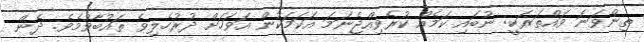
ތިންވަނަ ވައްތަރަކީ: ނުބައި ކަމެއް ކުރެވިއްޖެނަމަ އަކަމަކުން އަވަހަށް ދުރުހެލިވެ ތައުބާވުމެވެ. ދެން